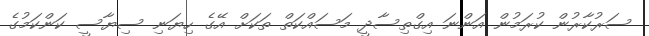
ސަރުކާރުން ކުރަމުން އަންނަ އިގްތިސާދީ މަސައްކަތް ތަަކަށް އޭގެ ހިޔަނި ސިޔާސީ ކަންކަމުގެ